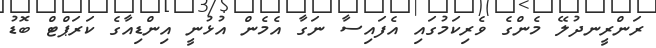
ރަންރީނދުލޭ މެންގެ ވެރިކަމުގައި އެފައިސާ ނަގާ އެމެން އުޅުނީ އިންޑިއާގެ ކަރަޕްޓް ބޮޑު